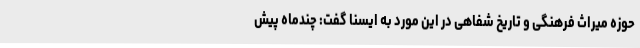
حوزه میراث فرهنگی و تاریخ شفاهی در این مورد به ایسنا گفت: چندماه پیش